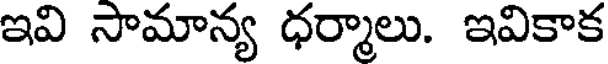
ఇవి సామాన్య ధర్మాలు. ఇవికాక